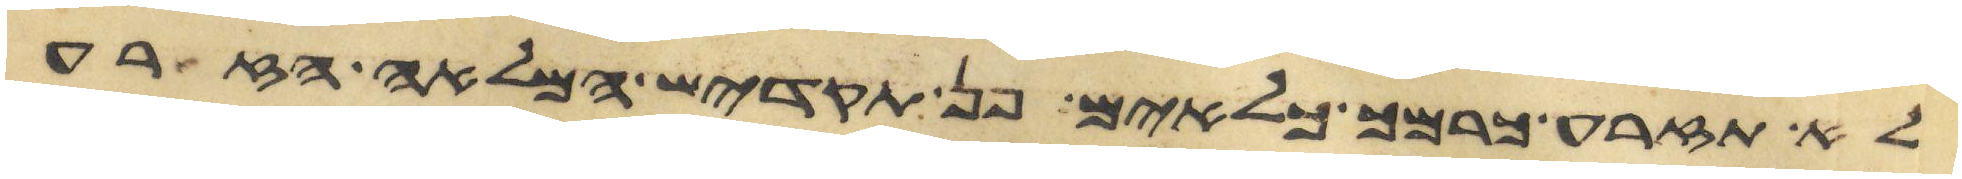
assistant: לא תזרע כרמך כלאים פן תקדיש המלאה הזרע